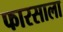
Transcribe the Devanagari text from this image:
फारसाला